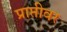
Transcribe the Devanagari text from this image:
प्राप्तीवर